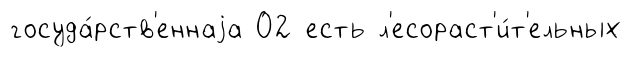
госуда́рств'еннаjа 02 есть л'есораст'и́т'ельных